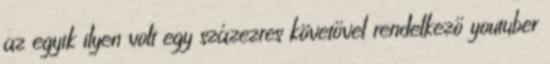
az egyik ilyen volt egy százezres követővel rendelkező youtuber